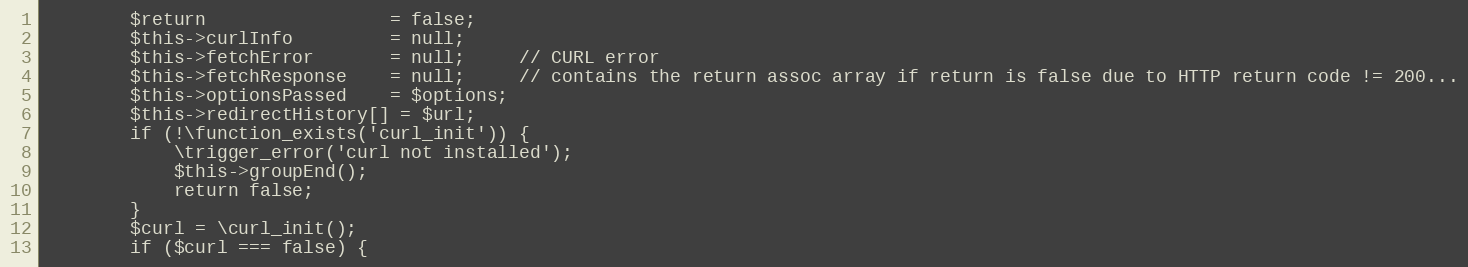
Language: PHP
        $return                 = false;
        $this->curlInfo         = null;
        $this->fetchError       = null;     // CURL error
        $this->fetchResponse    = null;     // contains the return assoc array if return is false due to HTTP return code != 200...
        $this->optionsPassed    = $options;
        $this->redirectHistory[] = $url;
        if (!\function_exists('curl_init')) {
            \trigger_error('curl not installed');
            $this->groupEnd();
            return false;
        }
        $curl = \curl_init();
        if ($curl === false) {